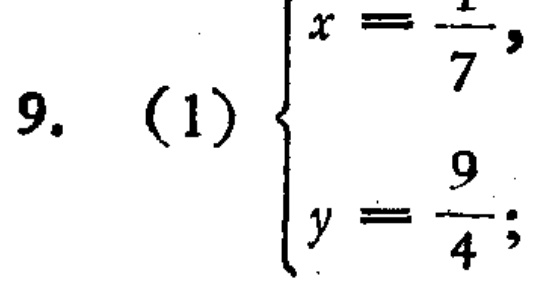
\[
9.\ (1)
\begin{cases}
x = \frac{1}{7},\\
y = \frac{9}{4};
\end{cases}
\]